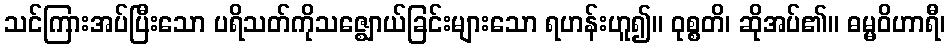
သင်ကြားအပ်ပြီးသော ပရိသတ်ကိုသဇ္ဈောယ်ခြင်းများသော ရဟန်းဟူ၍။ ဝုစ္စတိ၊ ဆိုအပ်၏။ ဓမ္မဝိဟာရီ၊